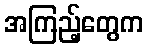
အကြည့်တွေက